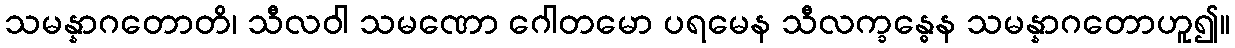
သမန္နာဂတောတိ၊ သီလဝါ သမဏော ဂေါတမော ပရမေန သီလက္ခန္ဓေန သမန္နာဂတောဟူ၍။